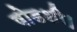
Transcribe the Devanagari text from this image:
षोडशी।